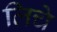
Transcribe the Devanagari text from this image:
लिचे